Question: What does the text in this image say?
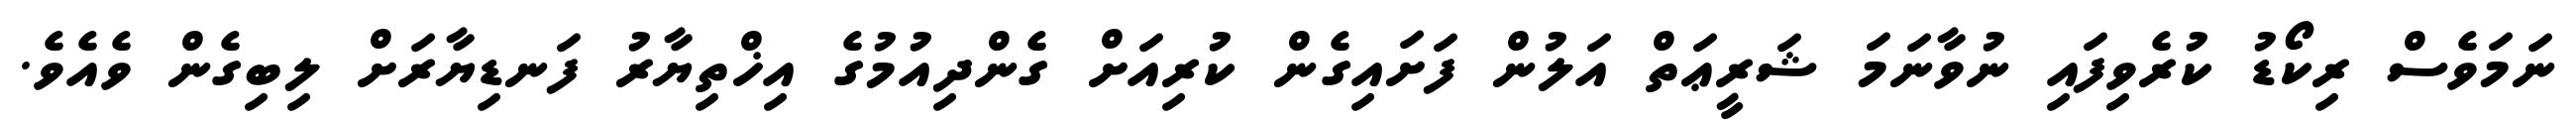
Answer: ނަމަވެސް ރިކޯޑު ކުރެވިފައި ނުވާނަމަ ޝަރީޢަތް އަލުން ފަށައިގެން ކުރިއަށް ގެންދިއުމުގެ އިޚްތިޔާރު ފަނޑިޔާރަށް ލިބިގެން ވެއެވެ.